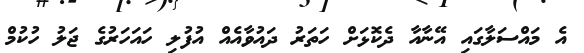
އެ މައްސަލާގައި އޭނާއާ ދެކޮޅަށް ހަތަރު ދައުވާއެއް އުފުލި ހައަހަރުގެ ޖަލު ހުކުމް